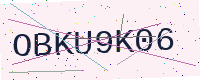
Text: OBKU9K06